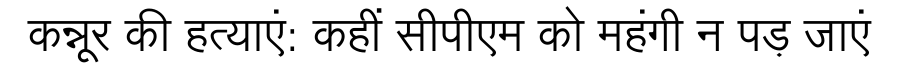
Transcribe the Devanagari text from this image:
कन्नूर की हत्याएं: कहीं सीपीएम को महंगी न पड़ जाएं